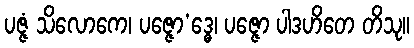
ပဇ္ဇံ သိလောကေ၊ ပဇ္ဇော’ဒ္ဓေ၊ ပဇ္ဇော ပါဒဟိတေ တိသု။